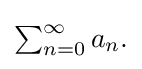
{\textstyle \sum _{n=0}^{\infty }a_{n}.}